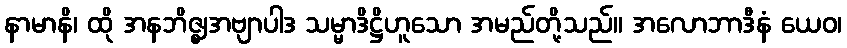
နာမာနိ၊ ထို အနဘိဇ္ဈအဗျာပါဒ သမ္မာဒိဋ္ဌိဟူသော အမည်တို့သည်။ အလောဘာဒီနံ ယေဝ၊